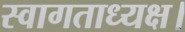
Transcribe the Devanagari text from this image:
स्वागताध्यक्ष।